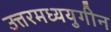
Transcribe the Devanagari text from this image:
उत्तरमध्ययुगीन